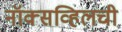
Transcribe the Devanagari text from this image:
नॉक्सव्हिलची